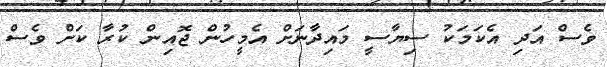
ވެސް އަދި އެކަމަކު ސިޔާސީ މައިދާނަށް އެމީހުން ޖޮއިން ކުރާ ކަށް ވެސް